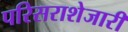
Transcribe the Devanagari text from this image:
परिसराशेजारी